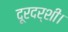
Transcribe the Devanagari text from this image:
दूरदर्शी।